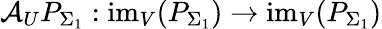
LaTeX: \mathcal{A}_{U}P_{\Sigma_{1}}:\mathrm{im}_{V}(P_{\Sigma_{1}})\to\mathrm{im}_{V}(P_{\Sigma_{1}})